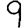
Digit: 9